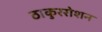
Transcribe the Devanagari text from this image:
ठाकुररोशन